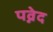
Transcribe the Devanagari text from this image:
पव्नेद